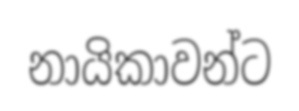
නායිකාවන්ට